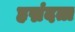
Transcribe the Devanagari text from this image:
हृद्मंदता